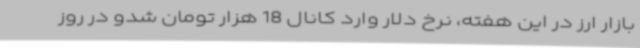
بازار ارز در این هفته، نرخ دلار وارد کانال 18 هزار تومان شدو در روز